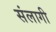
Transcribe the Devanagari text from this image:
संलागी